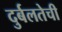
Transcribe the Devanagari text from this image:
दुर्बलतेची